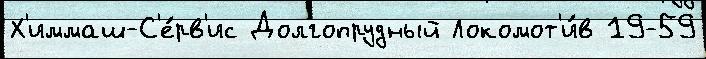
Х'иммаш-С'е́рв'ис Долгопрудный Локомот'и́в 19-59